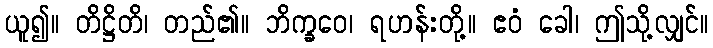
ယူ၍။ တိဋ္ဌိတိ၊ တည်၏။ ဘိက္ခဝေ၊ ရဟန်းတို့။ ဧဝံ ခေါ၊ ဤသို့လျှင်။